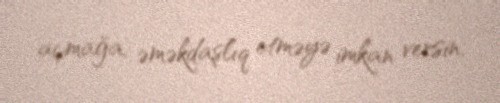
açmağa, əməkdaşlıq etməyə imkan versin.